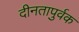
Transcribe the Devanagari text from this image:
दीनतापुर्वक